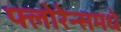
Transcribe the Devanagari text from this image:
फ्लोरेन्समधे